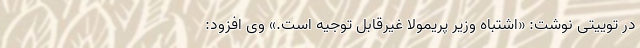
در توییتی نوشت: «اشتباه وزیر پریمولا غیرقابل توجیه است.» وی افزود: